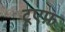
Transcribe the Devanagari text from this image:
टूएफ़